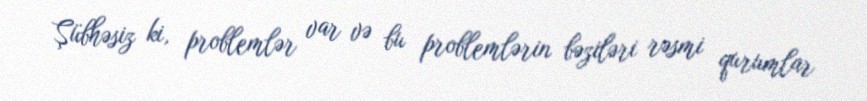
Şübhəsiz ki, problemlər var və bu problemlərin bəziləri rəsmi qurumlar